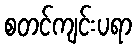
စတင်ကျင်းပရာ